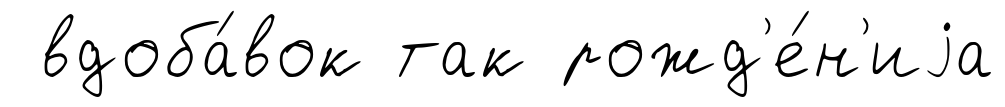
вдоба́вок так рожд'е́н'иjа